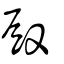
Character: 殿